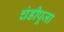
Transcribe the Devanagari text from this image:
चंडीपूजा